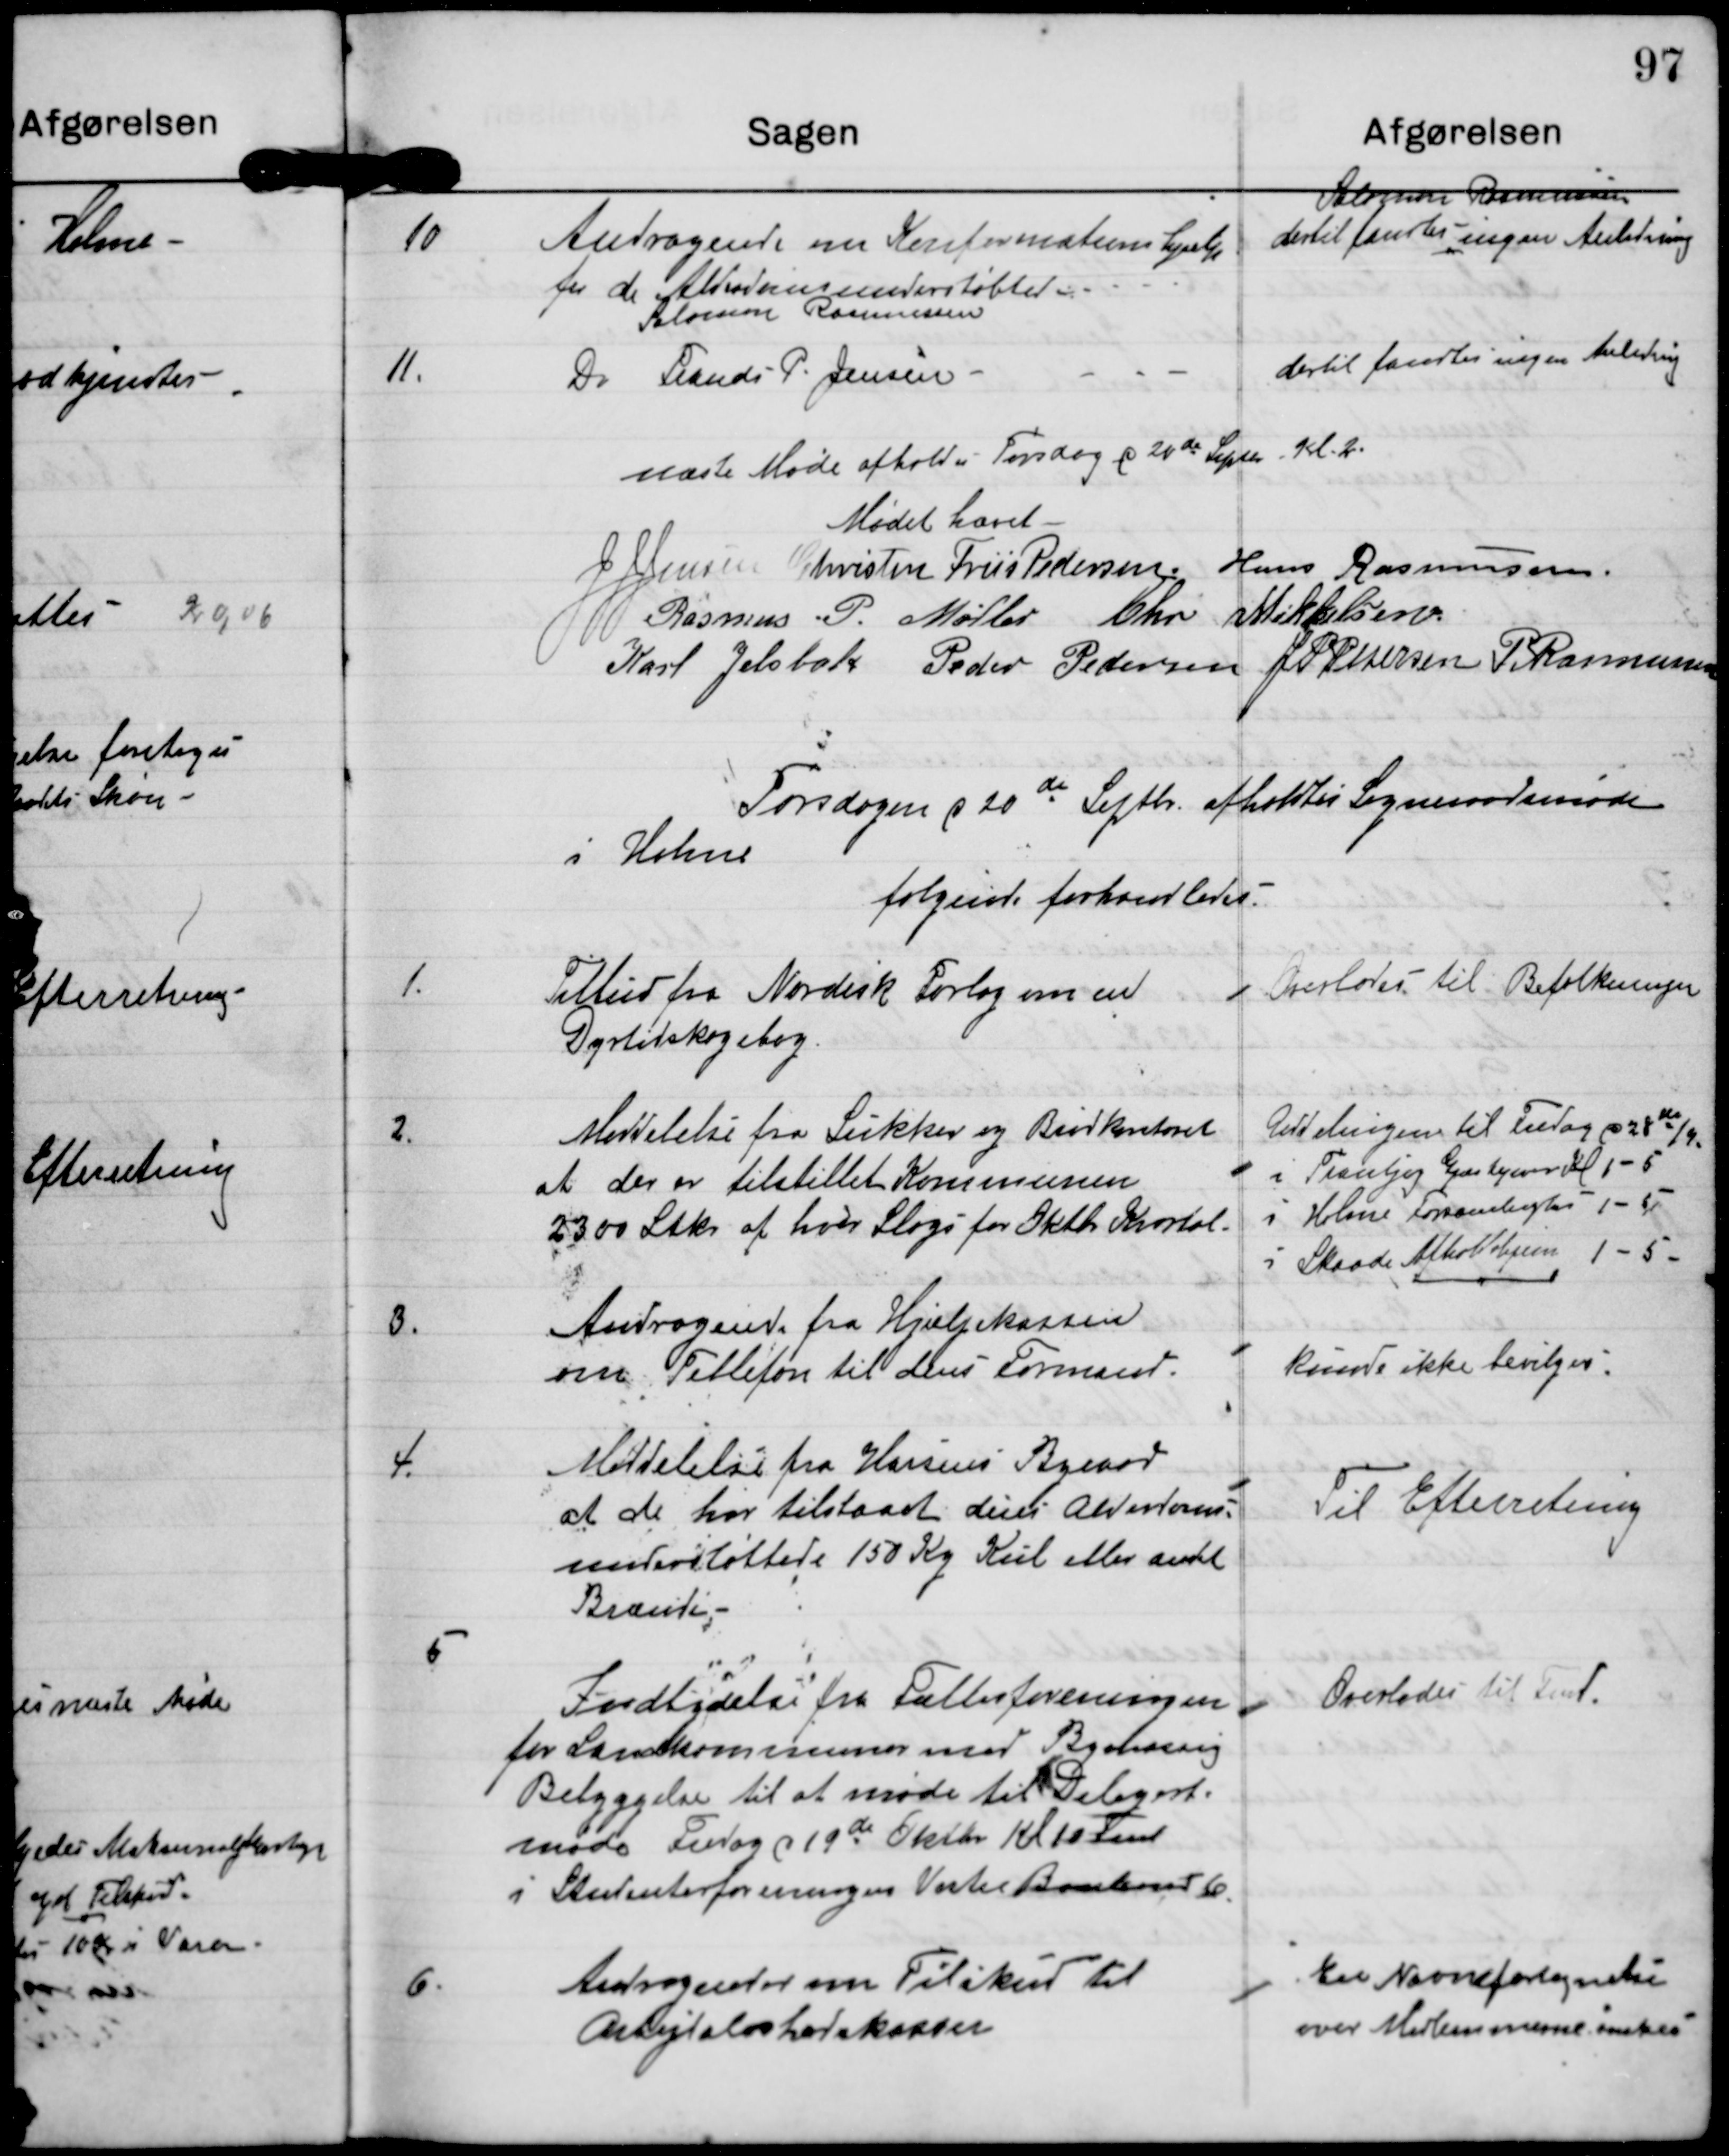
Transskription:
10
Andragende om Konfirmations hjælp
for de Alderdomsunderstøttet
Salomon Rasmussen

Salomon Rasmussen
dertil fandtes ingen Anledning

11
Do Frands P. Jensen

dertil fandtes ingen Anledning

næste Møde afholdes Torsdag d 24de Septb. Kl 2.

Mødet hævet

J J Jensen

Christen Friis Pedersen

Hans Rasmussen

Rasmus P. Møller

Chr. Mikkelsen

Karl Jelsbak

Peder Pedersen

J P Petersen

P Rasmussen

Torsdagen d 20de Septb. afholdtes Sogneraadsmøde
i Holme
følgende forhandledes

1.

Tilbud fra Nordisk Forlag om en
Dyrtidskogebog.

Overlades til Befolkningen

2.

Meddelelse fra Sukker og Brødkontoret
at der er tilstillet Kommunen
2300 Stk af hver Slags for Oktb. Kvartal.

Uddelingen til Fredag d 28de/9.
i Tranbjerg Gæstgiveri Kl. 1-5
i Holme Forsamlingshus Kl. 1-5
i Skaade Afholdshjem 1-5

3.

Andragende fra Hjælpekassen
om Tellefon til dens Formand.

Kunde ikke bevilges

4.

Meddelelse fra Horsens Byraad
at de har tilstaaet deres Alderdoms-
understøttede 150 Kg Kul eller andet
Brænde.

Til Efterretning

5.

Indbydelse fra Fællesforeningen
for Landkommuner med Bymæssig
Bebyggelse til at møde til Delegert-
møde Fredag d 19de Oktbr. Kl 10 Fmd
i Studenterforeningen Vestre Boulevard 6.

Overlades til Fmd.

6.

Andragender om Tilskud til
Arbejdsløshedskassen

En Navnefortegnelse
over Medlemmerne ønskes